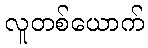
လူတစ်ယောက်